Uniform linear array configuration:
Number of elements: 12
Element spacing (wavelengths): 1
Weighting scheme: cosine
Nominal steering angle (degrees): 15
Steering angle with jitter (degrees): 13.771
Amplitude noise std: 0.05
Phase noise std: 0.05

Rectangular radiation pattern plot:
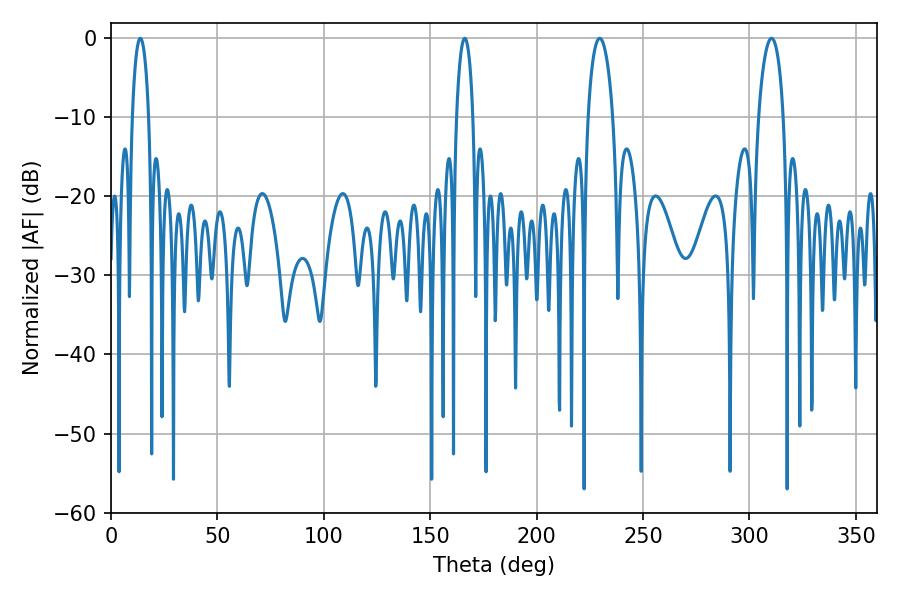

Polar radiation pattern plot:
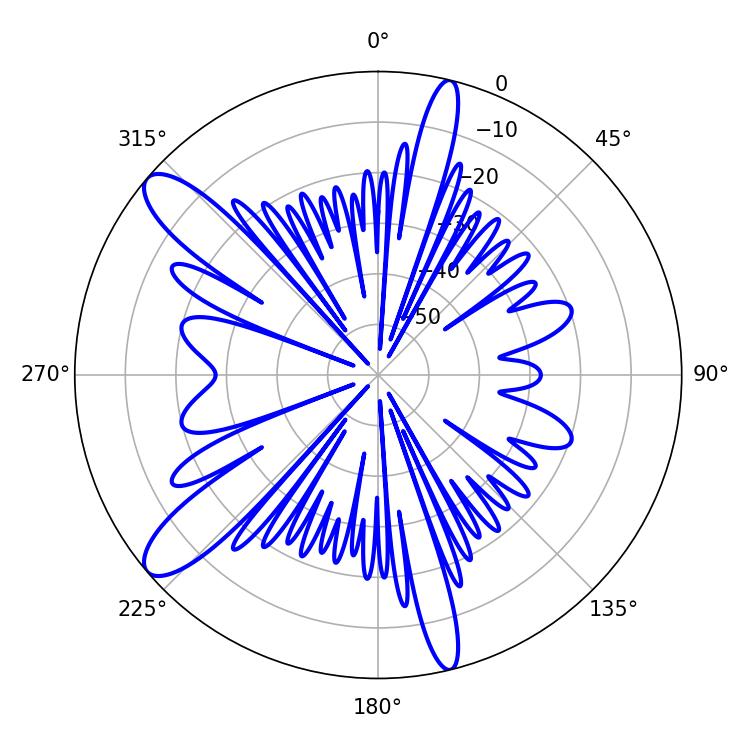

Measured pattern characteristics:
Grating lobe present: TRUE
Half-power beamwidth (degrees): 6.66
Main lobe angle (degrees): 310.32